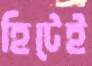
হিটেই